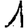
Digit: 1